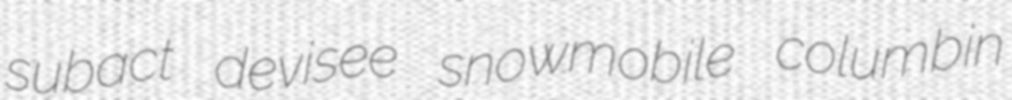
subact devisee snowmobile columbin